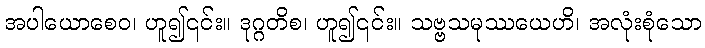
အပါယောစေဝ၊ ဟူ၍၎င်း။ ဒုဂ္ဂတိစ၊ ဟူ၍၎င်း။ သဗ္ဗသမုဿယေဟိ၊ အလုံးစုံသော